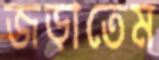
জড়াতেম